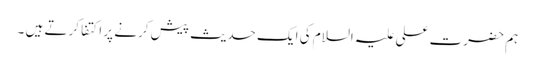
ہم حضرت علی علیہ السلام کی ایک حدیث پیش کرنے پر اکتفا کرتے ہیں ۔